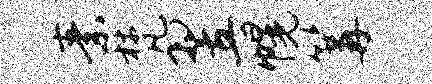
素梵翌幌篝